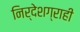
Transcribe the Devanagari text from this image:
निर्देशग्राही